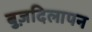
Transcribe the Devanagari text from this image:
बुज़दिलापन